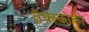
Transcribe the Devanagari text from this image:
तेक्स्कोको